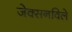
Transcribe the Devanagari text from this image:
जेक्सनविले